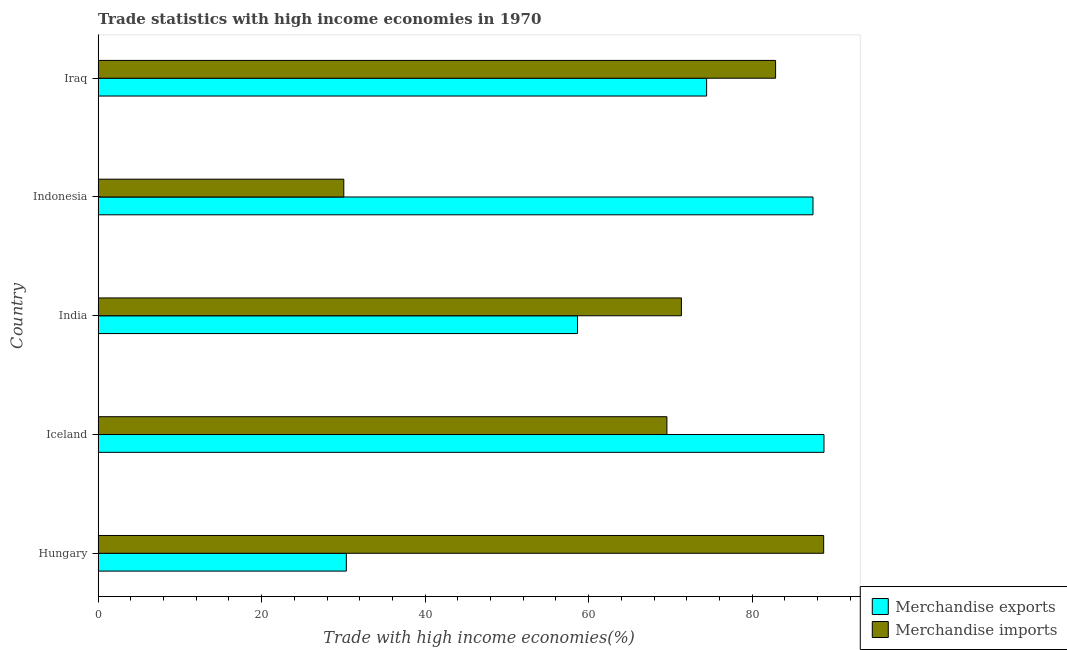
| Country | Merchandise exports | Merchandise imports |
 | --- | --- | --- |
 | Hungary | 30.4 | 88.7 |
 | Iceland | 88.8 | 69.6 |
 | India | 58.6 | 71.3 |
 | Indonesia | 87.4 | 30.1 |
 | Iraq | 74.4 | 82.9 |